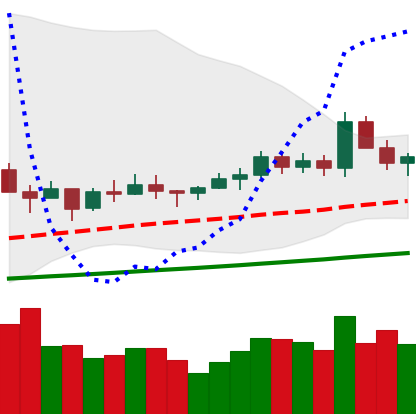
Ticker: ETC-USD
Chart end date: 2021-03-16
Forward return: -3.387%
Label: down_3_5